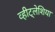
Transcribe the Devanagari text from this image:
व्हीट्लेशिया